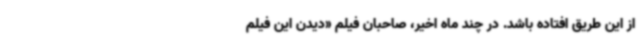
از این طریق افتاده باشد. در چند ماه اخیر، صاحبان فیلم «دیدن این فیلم